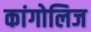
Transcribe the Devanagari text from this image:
कांगोलिज